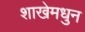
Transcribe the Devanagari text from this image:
शाखेमधुन